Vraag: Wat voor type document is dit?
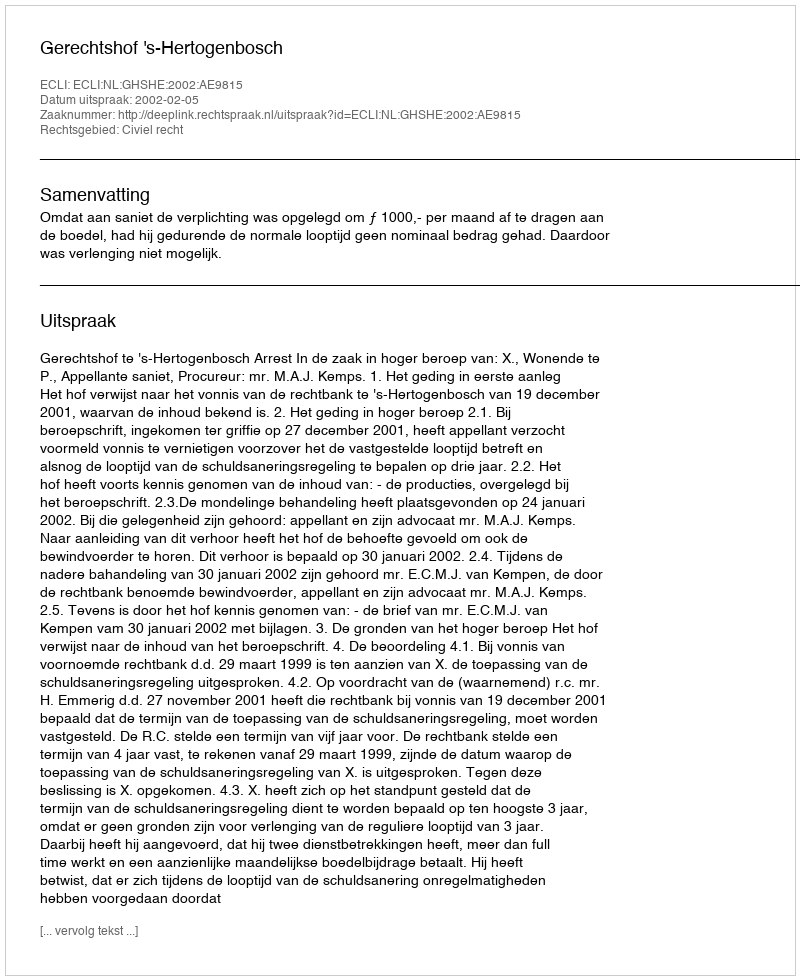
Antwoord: Uitspraak